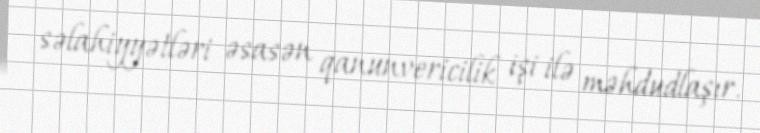
səlahiyyətləri əsasən qanunvericilik işi ilə məhdudlaşır.